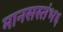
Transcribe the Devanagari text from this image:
मानसस्तंभ६